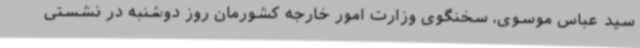
سید عباس موسوی، سخنگوی وزارت امور خارجه کشورمان روز دوشنبه در نشستی